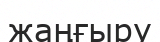
жаңғыру